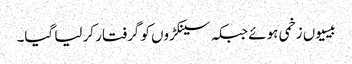
بیسیوں زخمی ہوئے جبکہ سینکڑوں کو گرفتار کر لیا گیا۔